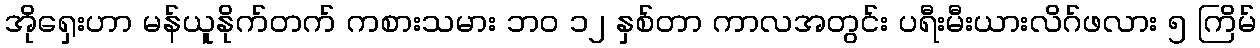
အိုရှေးဟာ မန်ယူနိုက်တက် ကစားသမား ဘ၀ ၁၂ နှစ်တာ ကာလအတွင်း ပရီးမီးယားလိဂ်ဖလား ၅ ကြိမ်